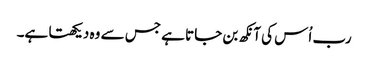
رب اُس کی آنکھ بن جاتا ہے جس سے وہ دیکھتا ہے۔